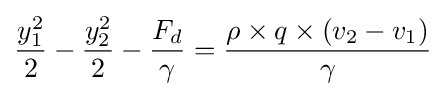
{y_{1}^{2} \over 2}-{y_{2}^{2} \over 2}-{F_{d} \over \gamma }={\rho \times q\times (v_{2}-v_{1}) \over \gamma }